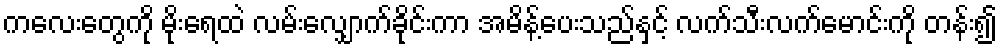
ကလေးတွေကို မိုးရေထဲ လမ်းလျှောက်ခိုင်းကာ အမိန့်ပေးသည်နှင့် လက်သီးလက်မောင်းကို တန်း၍